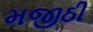
મજીઠી